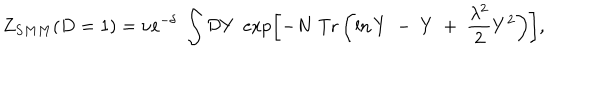
Z _ { S M M } ( D = 1 ) = \nu \mathrm { e } ^ { - \delta } \; \int { \cal D } Y \; \exp \left[ - N \; \mathrm { T r } \left( \ln Y ~ - ~ Y ~ + ~ { \frac { \lambda ^ { 2 } } { 2 } } Y ^ { 2 } \right) \right] ,